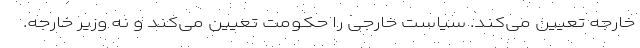
خارجه تعیین می‌کند. سیاست خارجی را حکومت تعیین می‌کند و نه وزیر خارجه.